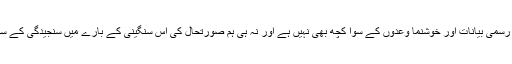
مگر ہمارے پاس ان کے لیے رسمی بیانات اور خوشنما وعدوں کے سوا کچھ بھی نہیں ہے اور نہ ہی ہم صورتحال کی اس سنگینی کے بارے میں سنجیدگی کے ساتھ سوچنے کے لیے تیار ہیں۔